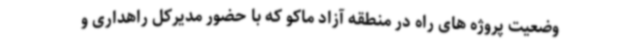
وضعیت پروژه های راه در منطقه آزاد ماکو که با حضور مدیرکل راهداری و